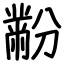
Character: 黺